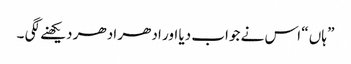
” ہاں “ اس نے جواب دیا اور ادھر ادھر دیکھنے لگی ۔